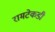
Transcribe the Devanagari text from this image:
रामटेकडी